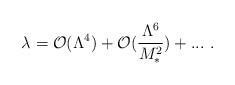
LaTeX: \begin{align*}\lambda = {\cal O}(\Lambda^4) + {\cal O}(\frac{\Lambda^6}{M_{*}^2}) +...~ .\end{align*}